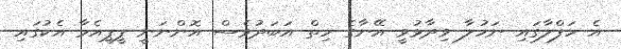
އެ ހަފްލާގައި ނަހުލާ ވިދާޅުވީ އޭނާގެ ހިތް އަބަދުވެސް އޮންނަނީ ޕީޕީއެމާ އެކުގައި